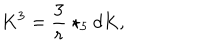
K ^ { 3 } = { \frac { 3 } { r } } \star _ { 5 } d K ,